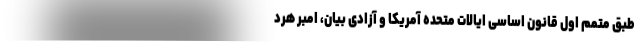
طبق متمم اول قانون اساسی ایالات متحده آمریکا و آزادی بیان، امبر هرد